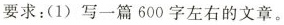
要求：(1)写一篇600字左右的文章。